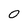
Character: 0